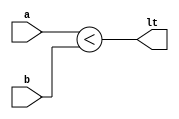
module comp(input[9:0] a,b,output lt);
  assign lt = (a<b);
endmodule